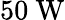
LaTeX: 50~\mathrm{W}